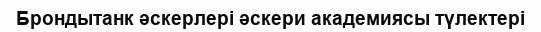
Брондытанк әскерлері әскери академиясы түлектері